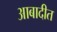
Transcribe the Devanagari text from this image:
आबादीत